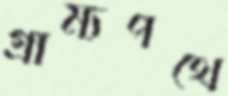
গ্রাম্যপথে